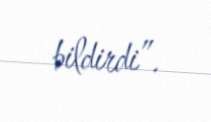
bildirdi”.